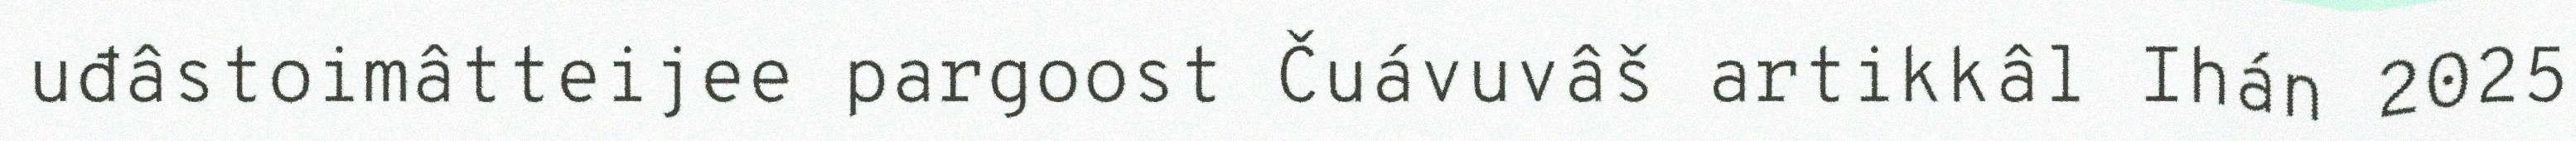
uđâstoimâtteijee pargoost Čuávuvâš artikkâl Ihán 2025